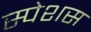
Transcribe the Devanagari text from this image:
स्पेशस